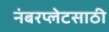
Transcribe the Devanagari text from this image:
नंबरप्लेटसाठी